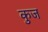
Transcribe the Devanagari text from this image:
कुज